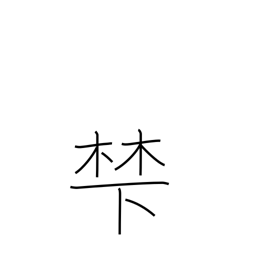
Meaning: base of a mountain